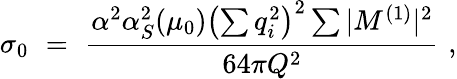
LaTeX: \sigma_{0}\, \, =\, \, \frac{\alpha^{2}\alpha_{S}^{2}(\mu_{0})\left(\sum q_{i}^{2}\right)^{2}\sum|M^{(1)}|^{2}}{64\pi Q^{2}}\, \, ,